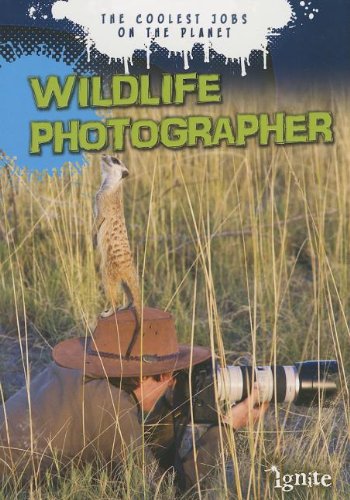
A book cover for Wildlife Photographer: The Coolest Jobs on the Planet; Gerrit Vyn; Children's Books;